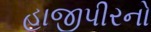
હાજીપીરનો